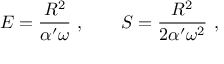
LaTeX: E = { \frac { R ^ { 2 } } { \alpha ^ { \prime } \omega } } \ , \qquad S = { \frac { R ^ { 2 } } { 2 \alpha ^ { \prime } \omega ^ { 2 } } } \ ,